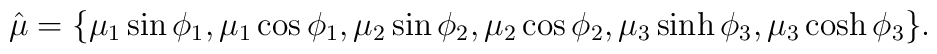
\hat \mu=\{\mu_1\sin\phi_1,\mu_1\cos\phi_1,\mu_2\sin\phi_2,\mu_2\cos\phi_2,\mu_3\sinh\phi_3,\mu_3\cosh\phi_3\}.